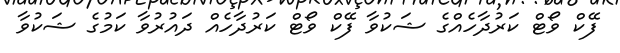
ފޭކް ވޯޓް ކަރުދާހެއްގެ ޝަކުވާ ފޭކް ވޯޓް ކަރުދާހެއް ދައުރުވާ ކަމުގެ ޝަކުވާ